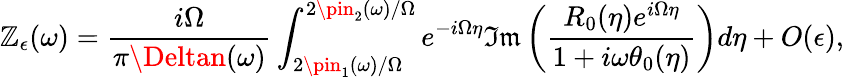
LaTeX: \mathbb{Z}_{\epsilon}(\omega)=\frac{{i\Omega}}{{\pi\Deltan(\omega)}}\int_{2\pin_{1}(\omega)/\Omega}^{2\pin_{2}(\omega)/\Omega}e^{-i\Omega\eta}\mathfrak{{Im}}\left(\frac{{R_{0}(\eta)e^{i\Omega\eta}}}{{1+i\omega\theta_{0}(\eta)}}\right)d\eta+O(\epsilon),